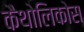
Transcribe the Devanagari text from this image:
कैथोलिकोस